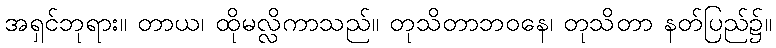
အရှင်ဘုရား။ တာယ၊ ထိုမလ္လိကာသည်။ တုသိတာဘဝနေ၊ တုသိတာ နတ်ပြည်၌။